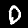
Digit: 0